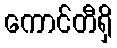
ကောင်တီရှိ